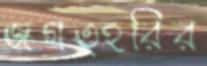
জগত্হরির